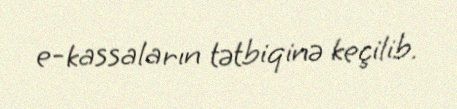
e-kassaların tətbiqinə keçilib.